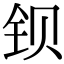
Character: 钡